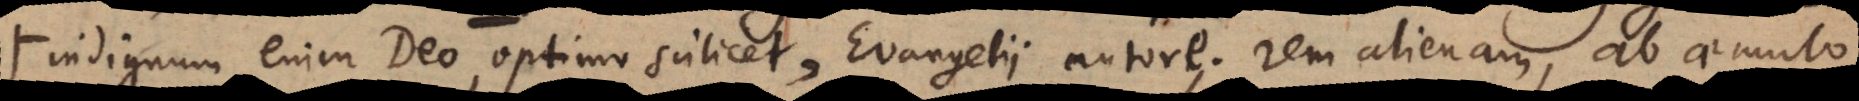
indignum enim Deo, optimo scilicet, Evangelii autore, rem alienam, ab aemulo